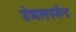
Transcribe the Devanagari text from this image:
डेव्पलपमेंन्ट